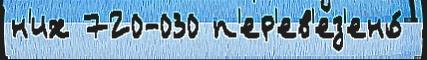
н'их 720-030 п'ер'ев'ез'ено́